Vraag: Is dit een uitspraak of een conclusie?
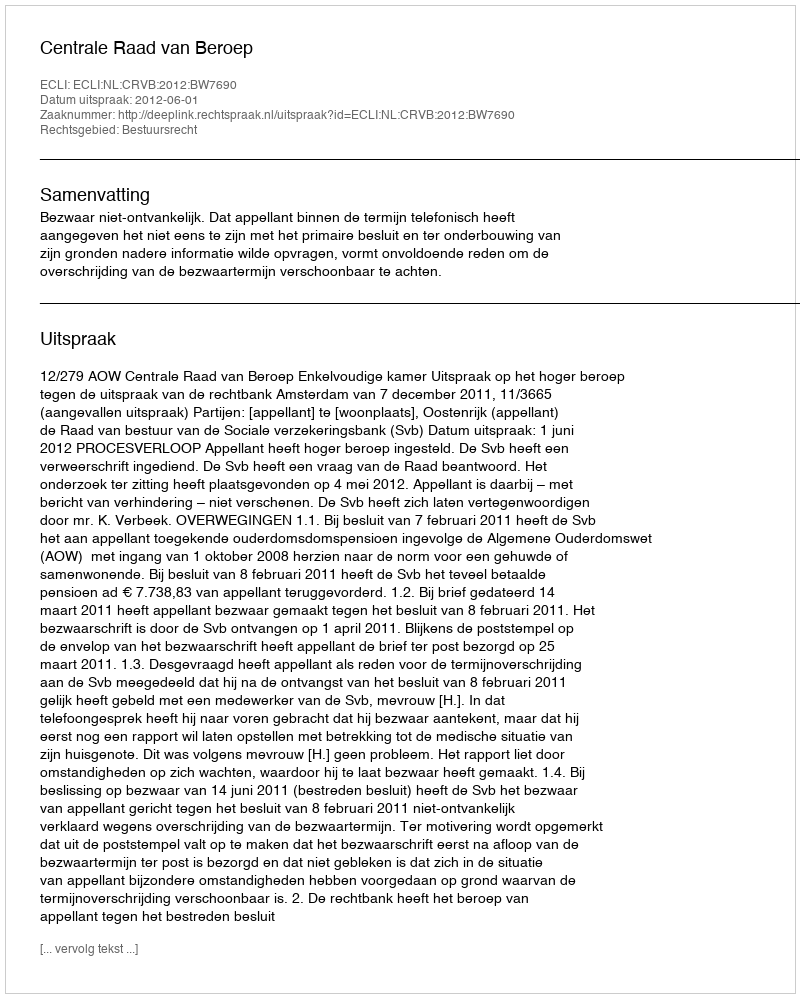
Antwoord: Uitspraak